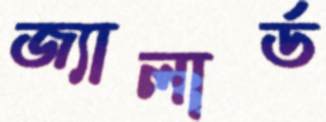
জ্যালার্ড